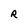
Character: R